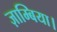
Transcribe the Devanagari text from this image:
ज़ाम्बिया।